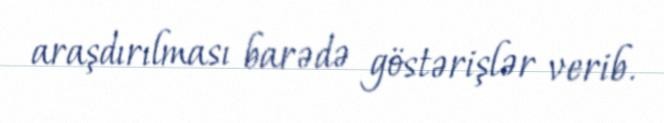
araşdırılması barədə göstərişlər verib.